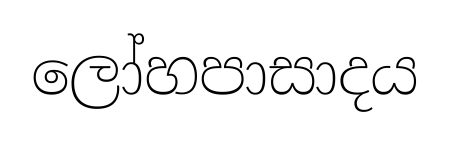
ලෝහපාසාදය